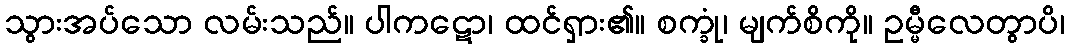
သွားအပ်သော လမ်းသည်။ ပါကဋော၊ ထင်ရှား၏။ စက္ခုံ၊ မျက်စိကို။ ဥမ္မီလေတွာပိ၊